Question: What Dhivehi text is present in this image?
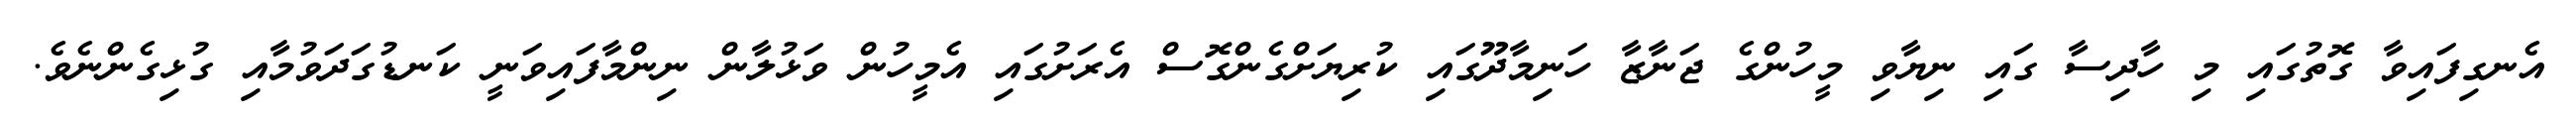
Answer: އެނގިފައިވާ ގޮތުގައި މި ހާދިސާ ގައި ނިޔާވި މީހުންގެ ޖަނާޒާ ހަނިމާދޫގައި ކުރިޔަށްގެންގޮސް އެރަށުގައި އެމީހުން ވަޅުލާން ނިންމާފައިވަނީ ކަނޑުގަދަވުމާއި ގުޅިގެންނެވެ.